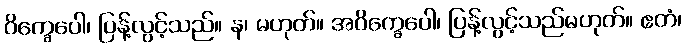
ဝိက္ခေပေါ၊ ပြန့်လွင့်သည်။ န၊ မဟုတ်။ အဝိက္ခေပေါ၊ ပြန့်လွင့်သည်မဟုတ်။ ဧတံ၊